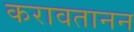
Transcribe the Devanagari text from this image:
करावतानन